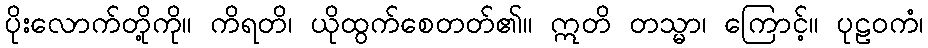
ပိုးလောက်တို့ကို။ ကိရတိ၊ ယိုထွက်စေတတ်၏။ ဣတိ တသ္မာ၊ ကြောင့်။ ပုဠဝကံ၊